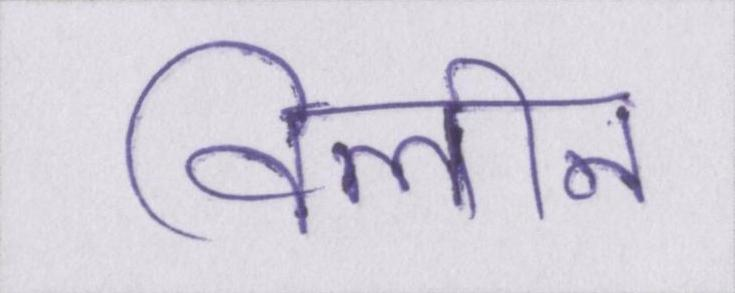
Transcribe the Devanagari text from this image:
विलीन